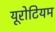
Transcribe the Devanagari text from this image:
यूरोटियम